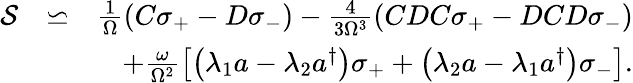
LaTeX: \begin{array}{rlr}{\mathcal{S}}&{\backsimeq}&{\frac{1}{\Omega}\left(C\sigma_{+}-D\sigma_{-}\right)-\frac{4}{3\Omega^{3}}\left(CDC\sigma_{+}-DCD\sigma_{-}\right)}\\ &{}&{+\frac{\omega}{\Omega^{2}}\left[\left(\lambda_{1}a-\lambda_{2}a^{\dagger}\right)\sigma_{+}+\left(\lambda_{2}a-\lambda_{1}a^{\dagger}\right)\sigma_{-}\right].}\end{array}